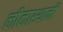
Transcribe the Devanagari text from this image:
लीलास्थानों